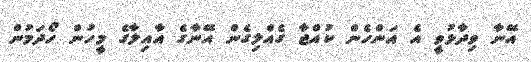
އޭނާ ވިދާޅުވީ އެ އަންހެން ކުއްޖާ ގެއްލިގެން އޭނާގެ އާއިލާގެ މީހުން ހޯދަމުން